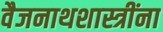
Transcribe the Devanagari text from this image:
वैजनाथशास्त्रींना